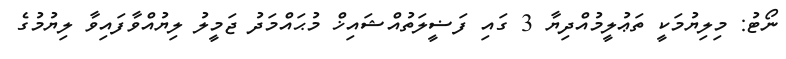
ނޯޓު: މިލިޔުމަކީ ތަޢުލީމުއްދިޔާ 3 ގައި ފަޟީލަތުއްޝައިޚް މުޙައްމަދު ޖަމީލު ލިޔުއްވާފައިވާ ލިޔުމުގެ